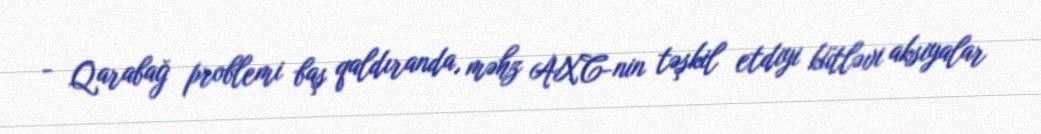
- Qarabağ problemi baş qaldıranda, məhz AXC-nin təşkil etdiyi kütləvi aksiyalar